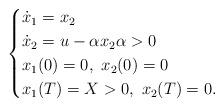
LaTeX: \begin{align*}\begin{cases} \dot{x}_1=x_2\\\dot{x}_2=u-\alpha x_2 \alpha>0\\x_1(0)=0,\ x_2(0)=0\\x_1(T)= X>0, \ x_2(T)=0.\end{cases}\end{align*}